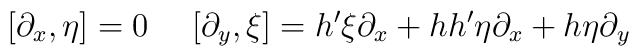
[\partial _x,\eta ]=0\ \ \ \ [\partial _y,\xi]=h'\xi \partial _x+hh'\eta \partial _x+h\eta \partial _y